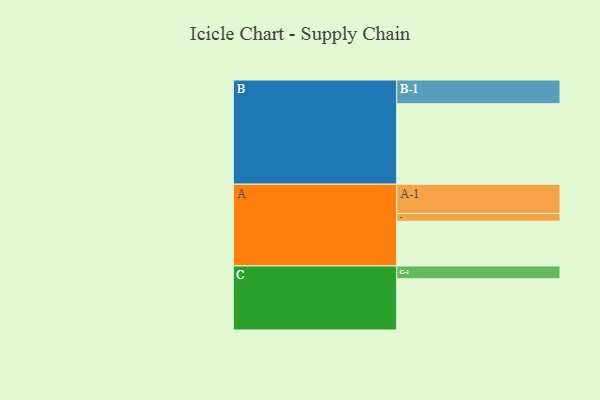
{"axis": {"x": "Segment", "y": "Value"}, "legend": ["", "A", "B", "C"], "data": [{"x": "A", "y": 330, "type": ""}, {"x": "B", "y": 594, "type": ""}, {"x": "C", "y": 378, "type": ""}, {"x": "A-1", "y": 216, "type": "A"}, {"x": "A-2", "y": 57, "type": "A"}, {"x": "B-1", "y": 175, "type": "B"}, {"x": "C-1", "y": 95, "type": "C"}]}